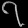
Digit: ၇